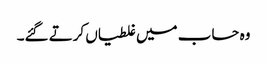
وہ حساب میں غلطیاں کرتے گئے۔